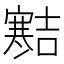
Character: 𪧱